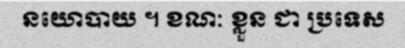
នយោបាយ ។ ខណៈ ខ្លួន ជា ប្រទេស